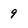
Character: 9